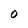
Character: O